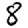
Digit: 8